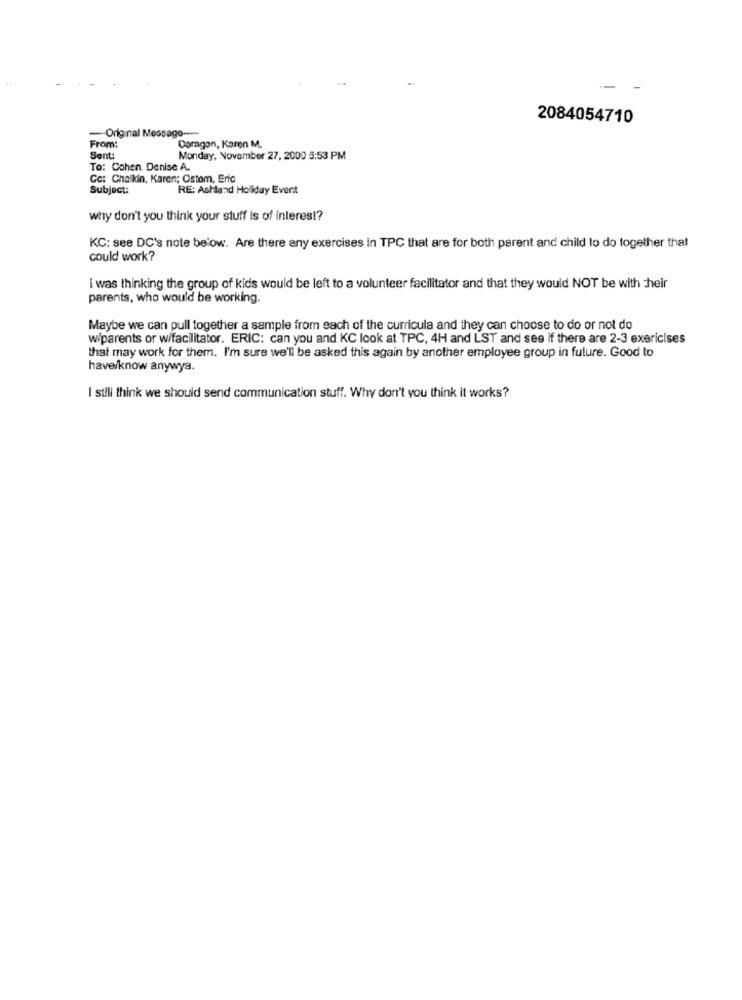
--
2084054710
- Original Message ---
From:
Doragan, Karen M.
Sent:
Monday, November 27, 2000 5:53 PM
To: Cohen. Denise A.
Gc: Chalkin, Karen; Ostom, Eric
Subject:
RE: Ashland Holiday Event
why don't you think your stuff is of interest?
KC: see DC's note below. Are there any exercises in TPC that are for both parent and child to do together that
could work?
I was thinking the group of kids would be left to a volunteer facilitator and that they would NOT be with their
parents, who would be working.
Maybe we can pull together a sample from each of the curricula and they can choose to do or not do
w/parents or w/facilitator. ERIC: can you and KC look at TPC, 4H and LST and see if there are 2-3 exericises
that may work for them. I'm sure we'll be asked this again by another employee group in future. Good to
have/know anywya.
I still think we should send communication stuff. Why don't you think it works?